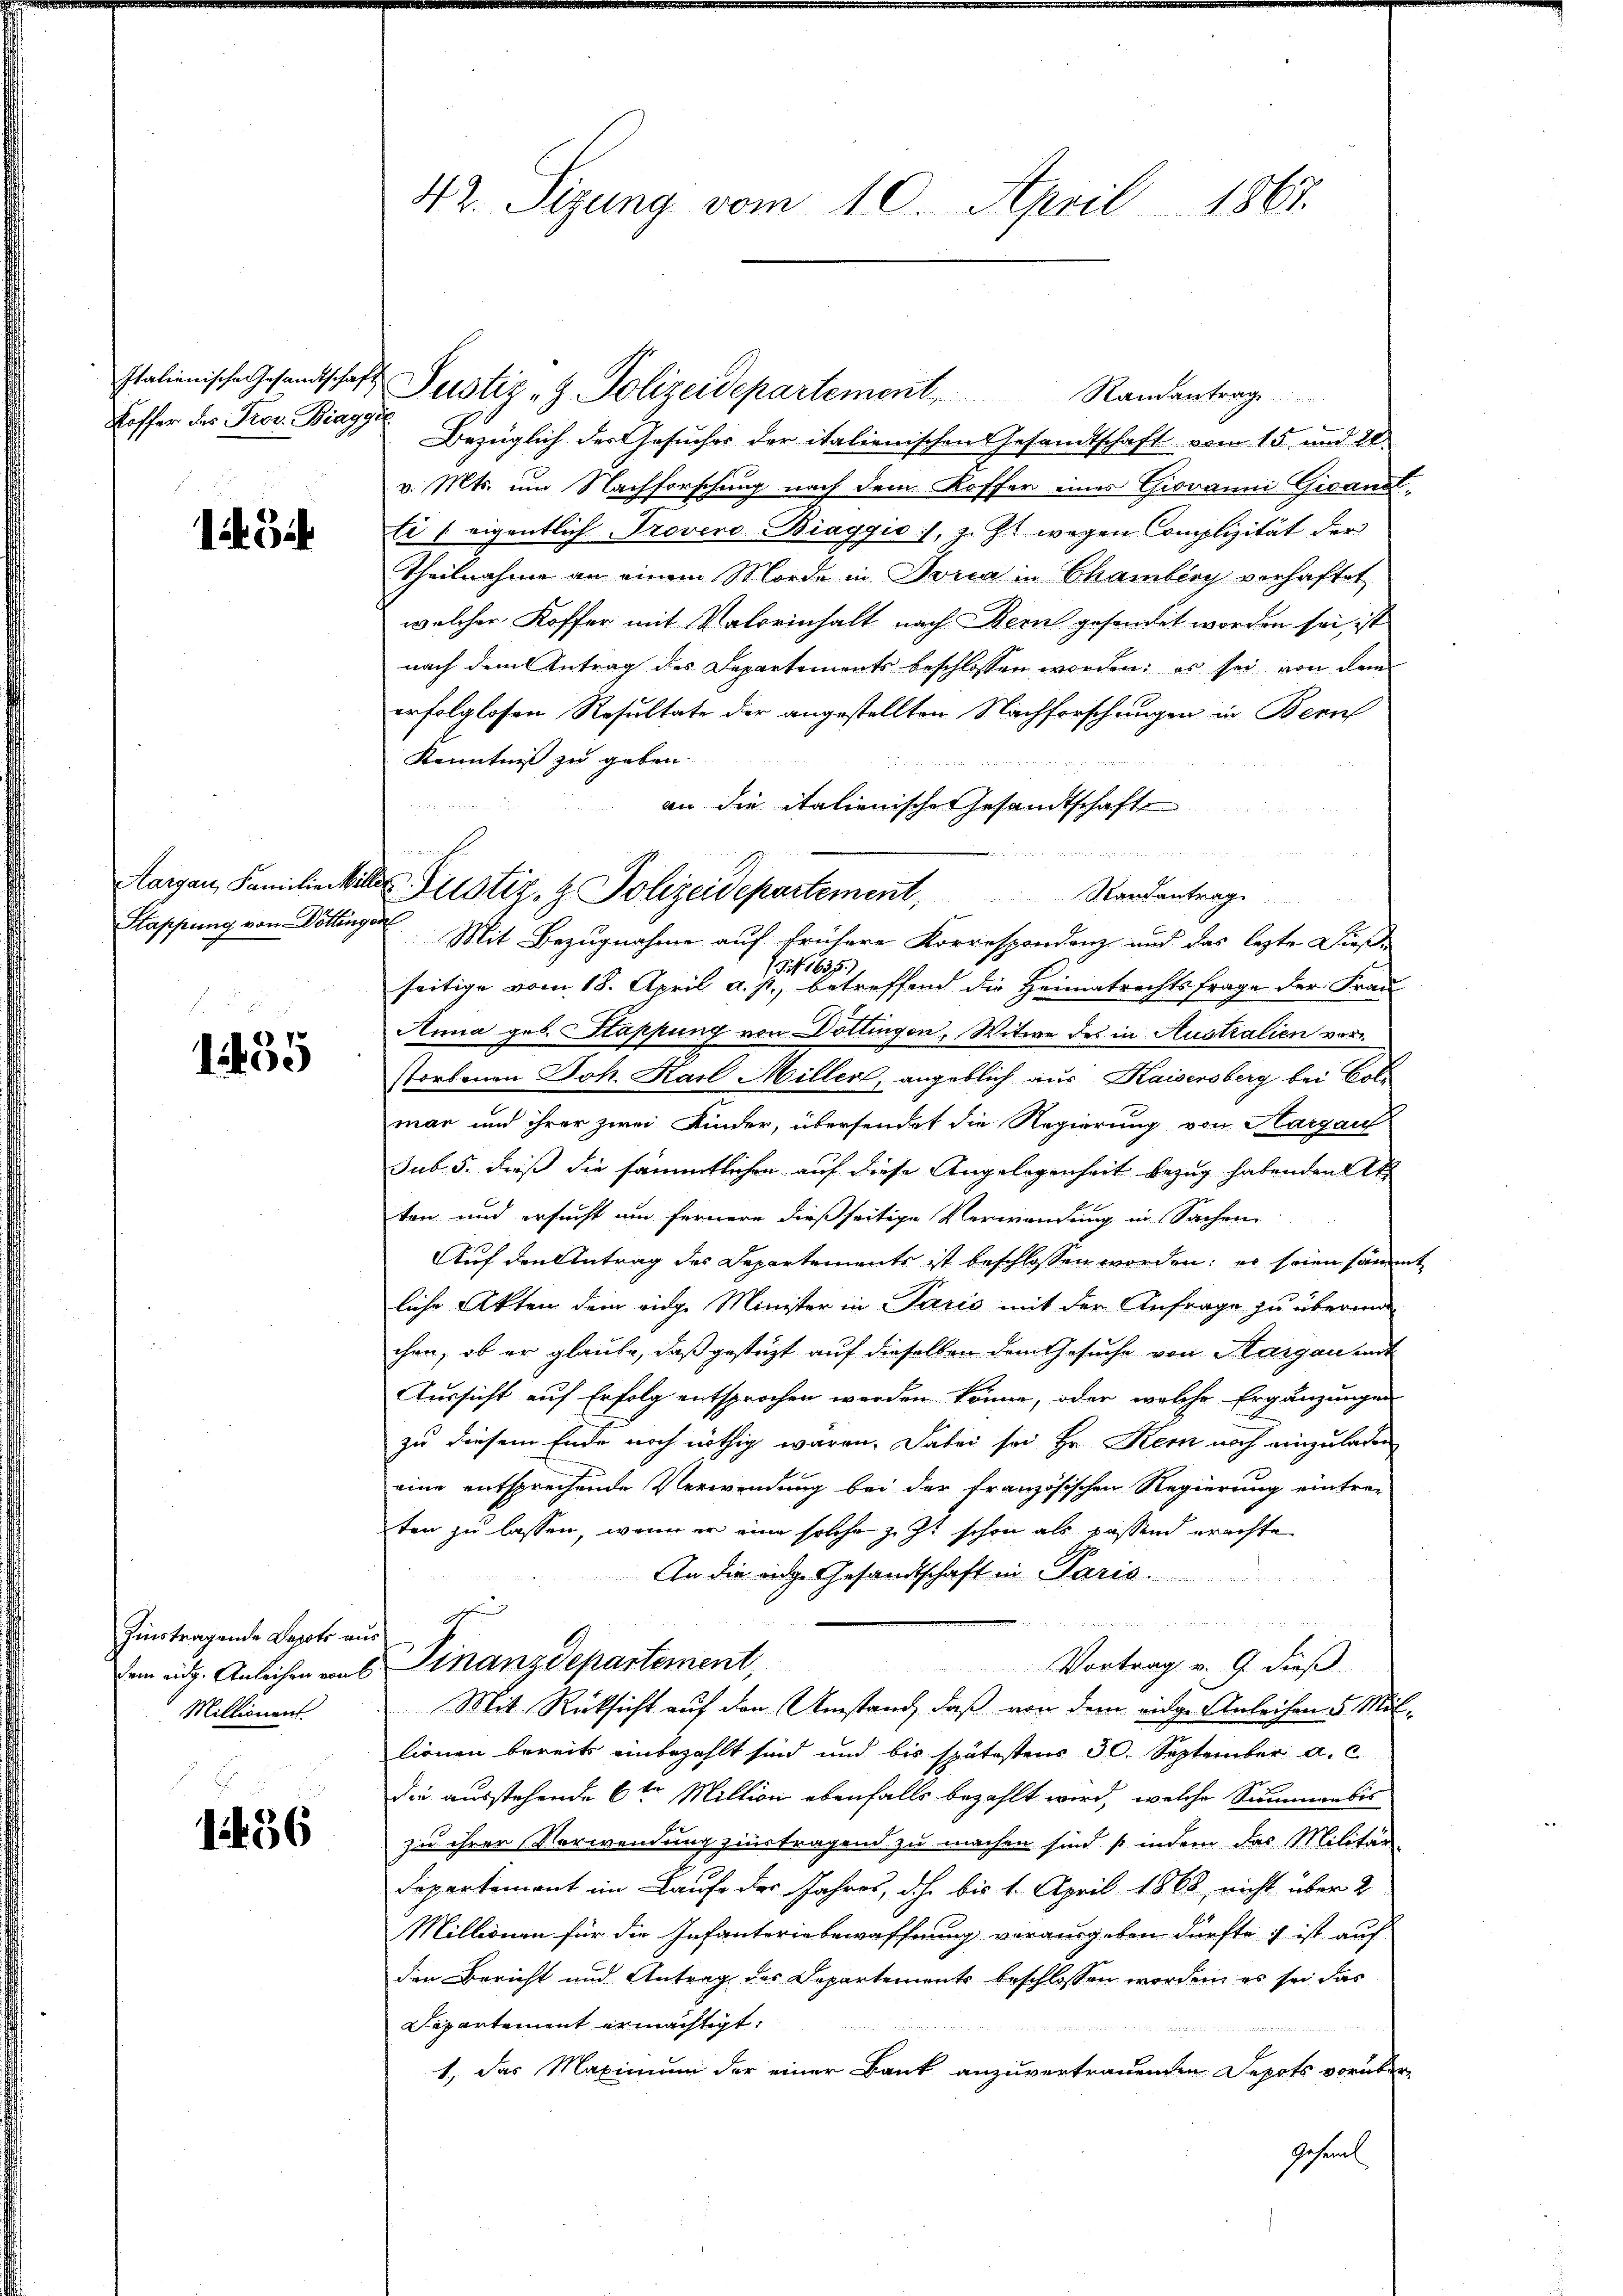
Koffer des Prov. Biagge

i3i

Aargau, Familie er
Stappung von Döttingen

135

hinstragende Depots aus
Millionent

1456

42. Sizung vom 10. April 1867.

Italienische Gesandtschaft Justiz & Polizeidepartement, Randantrag
b
Bezüglich der Gesuches der italienischen Gesandtschaft vom 15. und 20
v. Mts. um Nachforschung nach dem Koffer eines Giovanni Gigand¬
Ei (eigentlich Provero Biagyio:/, z. Zt. wegen Complizität der
Theilnahme an einem Morde in Toria in Chamberg verhaftet
welcher Koffer mit Valorinhalt nach Bern gesendet worden sei, ist
nach dem Antrag des Departements beschlossen worden; es sei von dem
erfolglosen Resultate der angestellten Nachforschungen in Bern
Kenntniß zu geben.
an die italienischer Gesandtschafte

Standantrage
Mit Bezugnahme auf frühere Korrespondenz und das lezte Dieß¬
7).
uf
seitige vom 18. April a. p., betreffend die Heimatrechtsfrage der Frau
Anna geb. Stappung von Döttingen, Witwe des in Australien vor
storbenen Joh. Karl Miller, angeblich aus Kaisersberg bei Colmar und ihrer zwei Kinder, übersendet die Regierung von Margau
sub. 5. dieß die sämmtlichen auf diese Angelegenheit bezug habenden Art.
ten und ersucht um fernere dießseitige Verwendung in Sachen
Auf den Antrag des Departements ist beschlossen worden; er seien sämm
liche Akten dem vinge Minister in Paris mit der Anfrage zu übermi
chen, ob er glaube, daß gestützt auf dieselben dem Gesuche von Margau mit
Aussicht auf Erfolg entsprochen werden könne, oder welche Ergänzungen
zu diesem Ende noch nöthig waren. Dabei sei Hr. Kem noch einzuladen
eine entsprechende Verwendung bei der französischen Regierung eintre-
ten zu lassen, wenn er eine solche zu ist schon als passend erachte
An die eidge Gesandtschaft in Paris.

Vortrag v. 9. dieß.
dem eidg. Anleihen aus Finanzdepartement,
Mit Rücksicht auf den Umstand, daß von dem vilge Anleihen u. Mit
lionen bereits einbezahlt sind und bis spätestens 30. September a. c
die ausstehende 6ten Miltion ebenfalls bezahlt wird, welche Summen bis
zu ihrer Verwendung zinstragend zu machen sind so indem das Militär-
Departement im Laufe der Jahres, d.h. bis 1. April 1868, nicht über 2
Millionen für die Infanteriebewaffnung vorausgeben dürfte ; ist auf
den Bericht und Antrag des Departements beschlossen worden es sei das
Departement ermächtigt,

1., das Maximum der einer Bank anzuvertrauenden Depots vorüber
Gesamt

d Justiz- & Polizeidepartement,